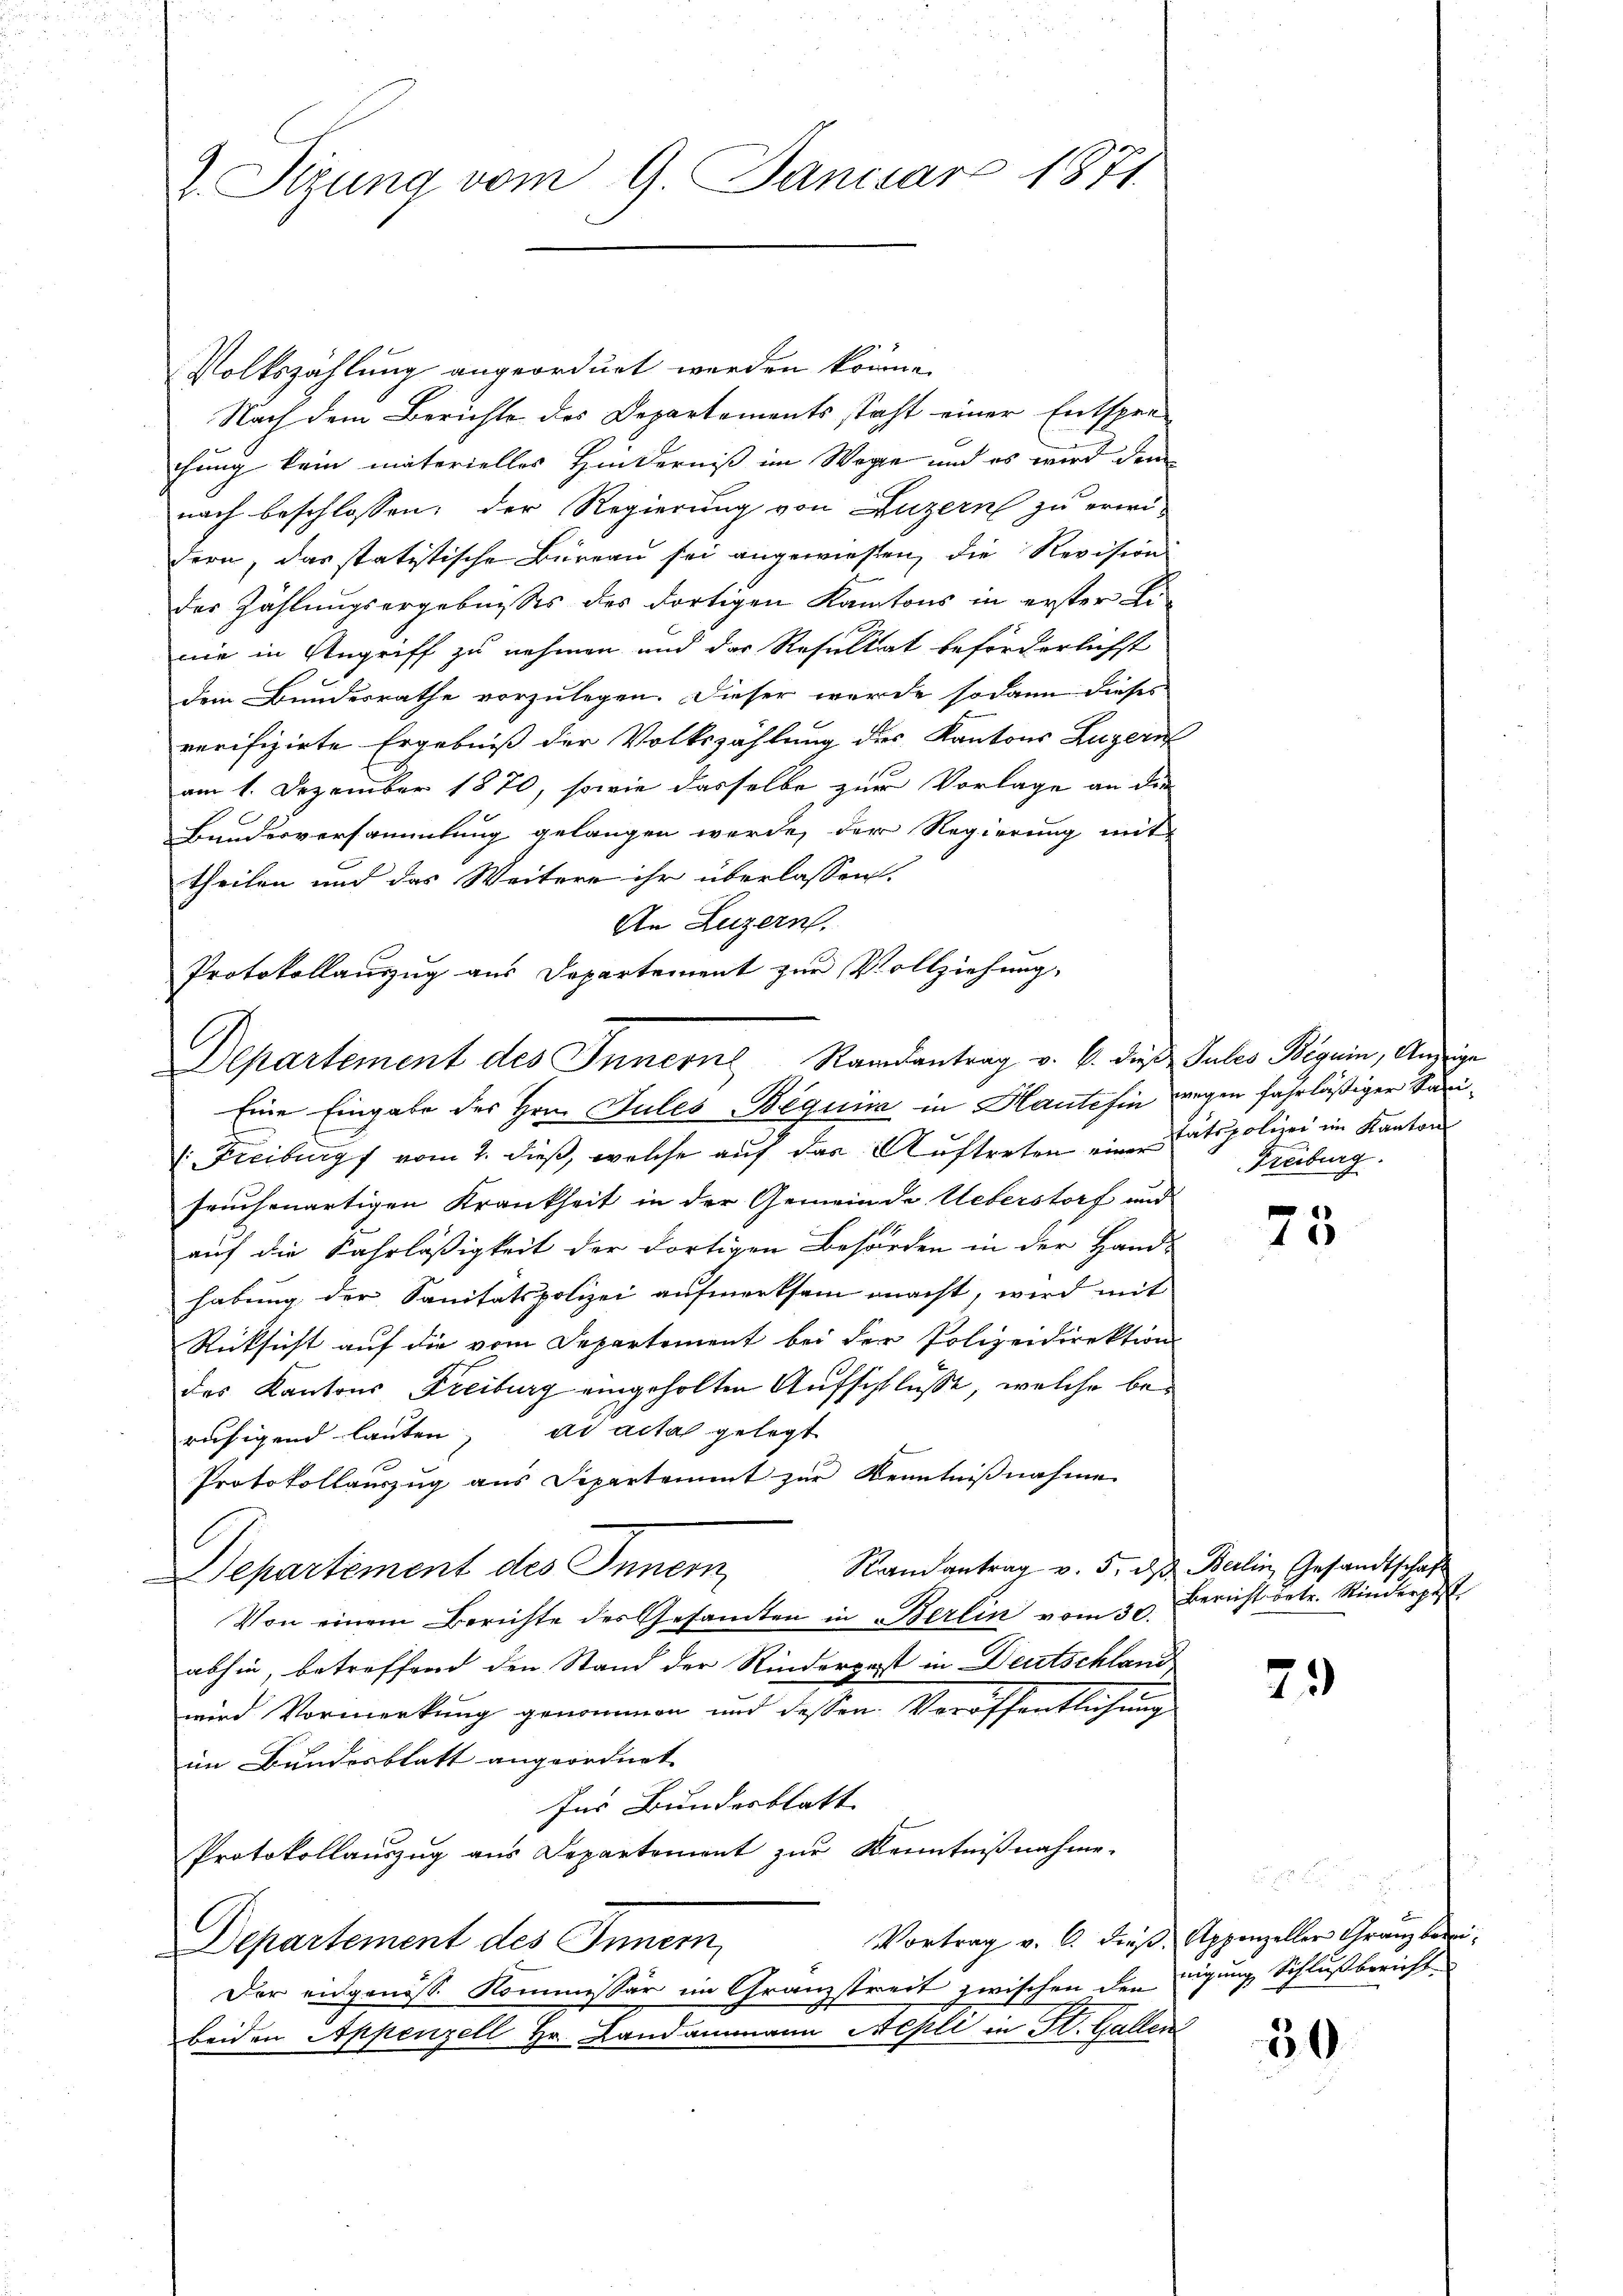
J. Szung vom 9. Januar 1871

Volkszählung angeordnet werden könne.
Nach dem Berichte des Departements stacht einer Entspre-
chung kein materielles Hinderniß im Wege und es wird dem
nach beschlossen, der Regierung von Luzern zu erwi-
dern, das statistische Büreau sei angewiesen, die Revision
der Zählungsergebnisses des dortigen Kantons in erster Li-
nie in Angriff zu nehmen und das Resultat beförderlichst
dem Bundesrathe vorzulegen. Dieser werde sodann dieses
verifizirte Ergebniß der Volkszählung des Kantons Luzern
am 1. Dezember 1870, sowie dasselbe zur Vorlage an die
Bundesversammlung gelangen werde, der Regierung mit-
theilen und das Weitere ihr überlassen.
An Luzern.
Protokollauszug aus Departement zur Vollziehung,
Eine Eingabe des Hrn. Sules-Béquis in Haute fin wegen fahrläßiger Sani¬
1. Freiburg vom 2. dieß, welche auf das Auftreten eine Stätspolizei im Kanton
fruchenartigen Krankheit in der Gemeinde Ueberstorf und
auf die Fahrlässigkeit der dortigen Behörden in der Hand-
habung der Sanitätspolizei aufmerksam macht, wird mit
Rücksicht auf die vom Departement bei der Polizeidirektion
des Kantons Freiburg eingeholten Aufschlüße, welche beruhigend lauten, ad acta gelegt
Protokollauszug aus Departement zur Kenntnißnahme
C
Randantrag v. 5. ds Berlin Gesandtscha
Departement des Innern,
Von einem Berichte des Gesandten in Berlin vom 30.
abhin, betreffend den Stand der Rinderpost in Deutschland
wird Vormerkung genommen und dessen Veröffentlichung
im Bundesblatt angeordnet.
Ins Bundesblatt
Protokollauszug aus Departement zur Kenntnißnahme.
Vortrag v. 6. dieß Appenzeller Granz berei¬
Departement des Innern,
Der engenosse Kommissär im Granzstreit zwischen den eigung, Schlußbericht-
beiden Appenzell Hr. Landammann Nepli in St. Gallen

Departement des Innern Randantrag v. 6. dies Gutes Begein, Anzeige

Freiburg.

75

Bericht betr. Rinderpe

23

30

g